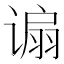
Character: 𫍸